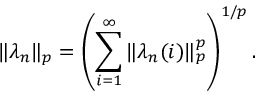
\| \lambda _ { n } \| _ { p } = \left( \sum _ { i = 1 } ^ { \infty } \| \lambda _ { n } ( i ) \| _ { p } ^ { p } \right) ^ { 1 / p } .